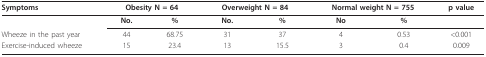
| Symptoms | <COLSPAN=2> Obesity N = 64 | <COLSPAN=2> Overweight N = 84 | <COLSPAN=2> Normal weight N = 755 | p value |
 | --- | --- | --- | --- | --- | --- | --- | --- |
 |  | No. | % | No. | % | No | % |  |
 | Wheeze in the past year | 44 | 68.75 | 31 | 37 | 4 | 0.53 | <0.001 |
 | Exercise-induced wheeze | 15 | 23.4 | 13 | 15.5 | 3 | 0.4 | 0.009 |